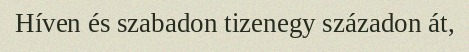
Híven és szabadon tizenegy századon át,